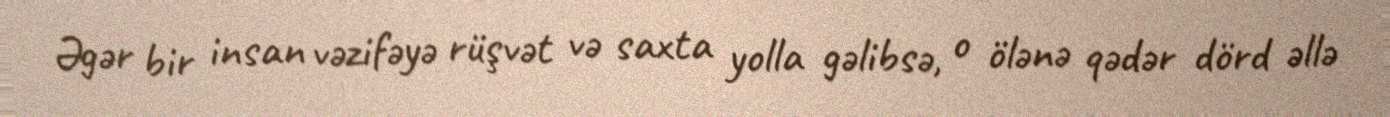
Əgər bir insan vəzifəyə rüşvət və saxta yolla gəlibsə, o ölənə qədər dörd əllə